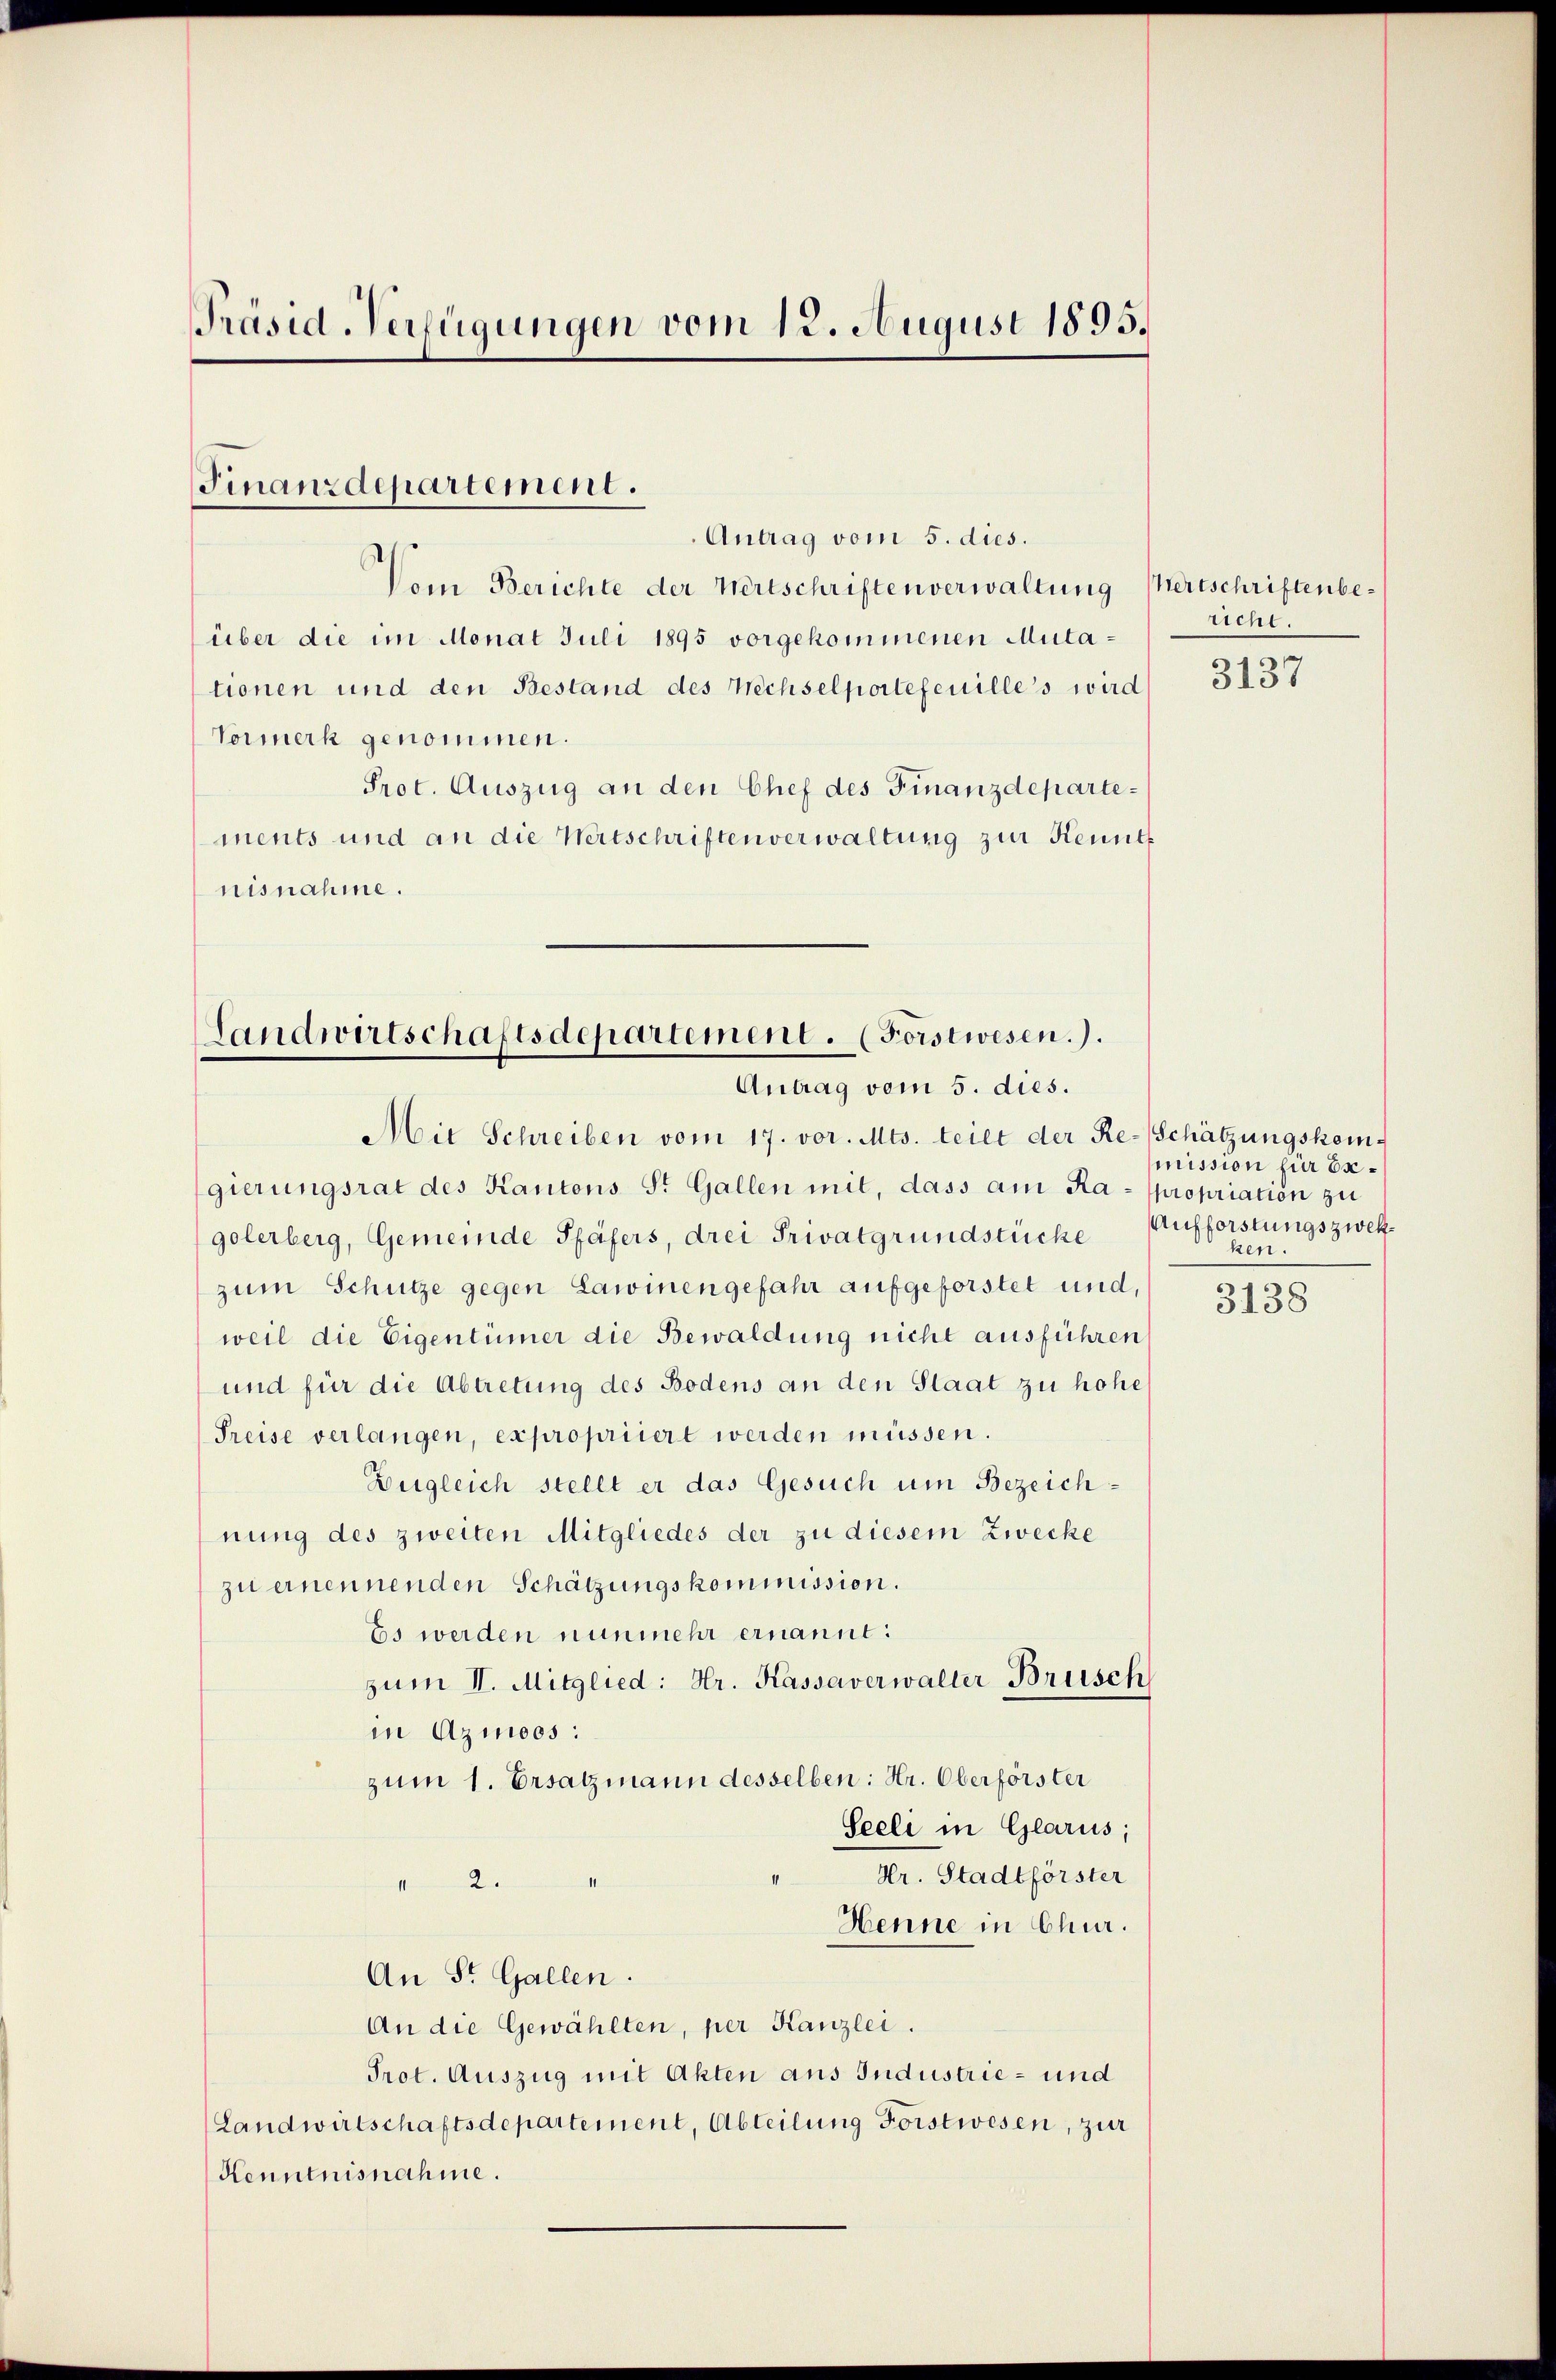
Präsid-Verfügungen vom 12. August 1895.

Finanzdepartement.
Antrag vom 5. dies.

Vom Berichte der Wertschriften verwaltung Wertschriftenbeüber die im Monat Juli 1895 vorgekommenen Mutationen und den Bestand des Wechselportefeuilles wird
Vormerk genommen.
Prot. Auszug an den Chef des Finanzdepartements und an die Wertschriften verwaltung zur Kennt
nisnahme.

Landwirtschaftsdepartement. (Forstwesen.).
Antrag vom 5. dies.

Mit Schreiben vom 17. vor. Mts. teilt der Re-Schätzungskomgierungsrat des Kantons St. Gallen mit, dass am Ra- propriation zu
golerberg, Gemeinde Pfäfers, drei Privatgrundstücke Aufforstungszwekzum Schütze gegen Lawinengefahr aufgeforstet und,
weil die Eigentümer die Bewaldung nicht ausführen
und für die Abtretung des Bodens an den Staat zu hohe
Preise verlangen, expropriiert werden müssen.
Zergleich stellt er das Gesuch um Bezeichnung des zweiten Mitgliedes der zu diesem Zwecke
zu ernennenden Schätzungskommission.
Es werden nunmehr ernannt:
zŭm II. Mitglied: Hr. Kassaverwalter Brüsch
in Azmoos:
zum 1. Ersatzmann desselben: Hr. Oberförster
Seeli in Glarus;
Hr. Stadtförster
12
Henne in Chur.
An St. Gallen.
An die Gewählten, per Kanzlei.
Prot. Auszug mit Akten aus Industrie- und
(Landwirtschaftsdepartement, Abteilung Forstwesen, zur
Kenntnisnahme.

richt.

3137

mission für Exken.

3138